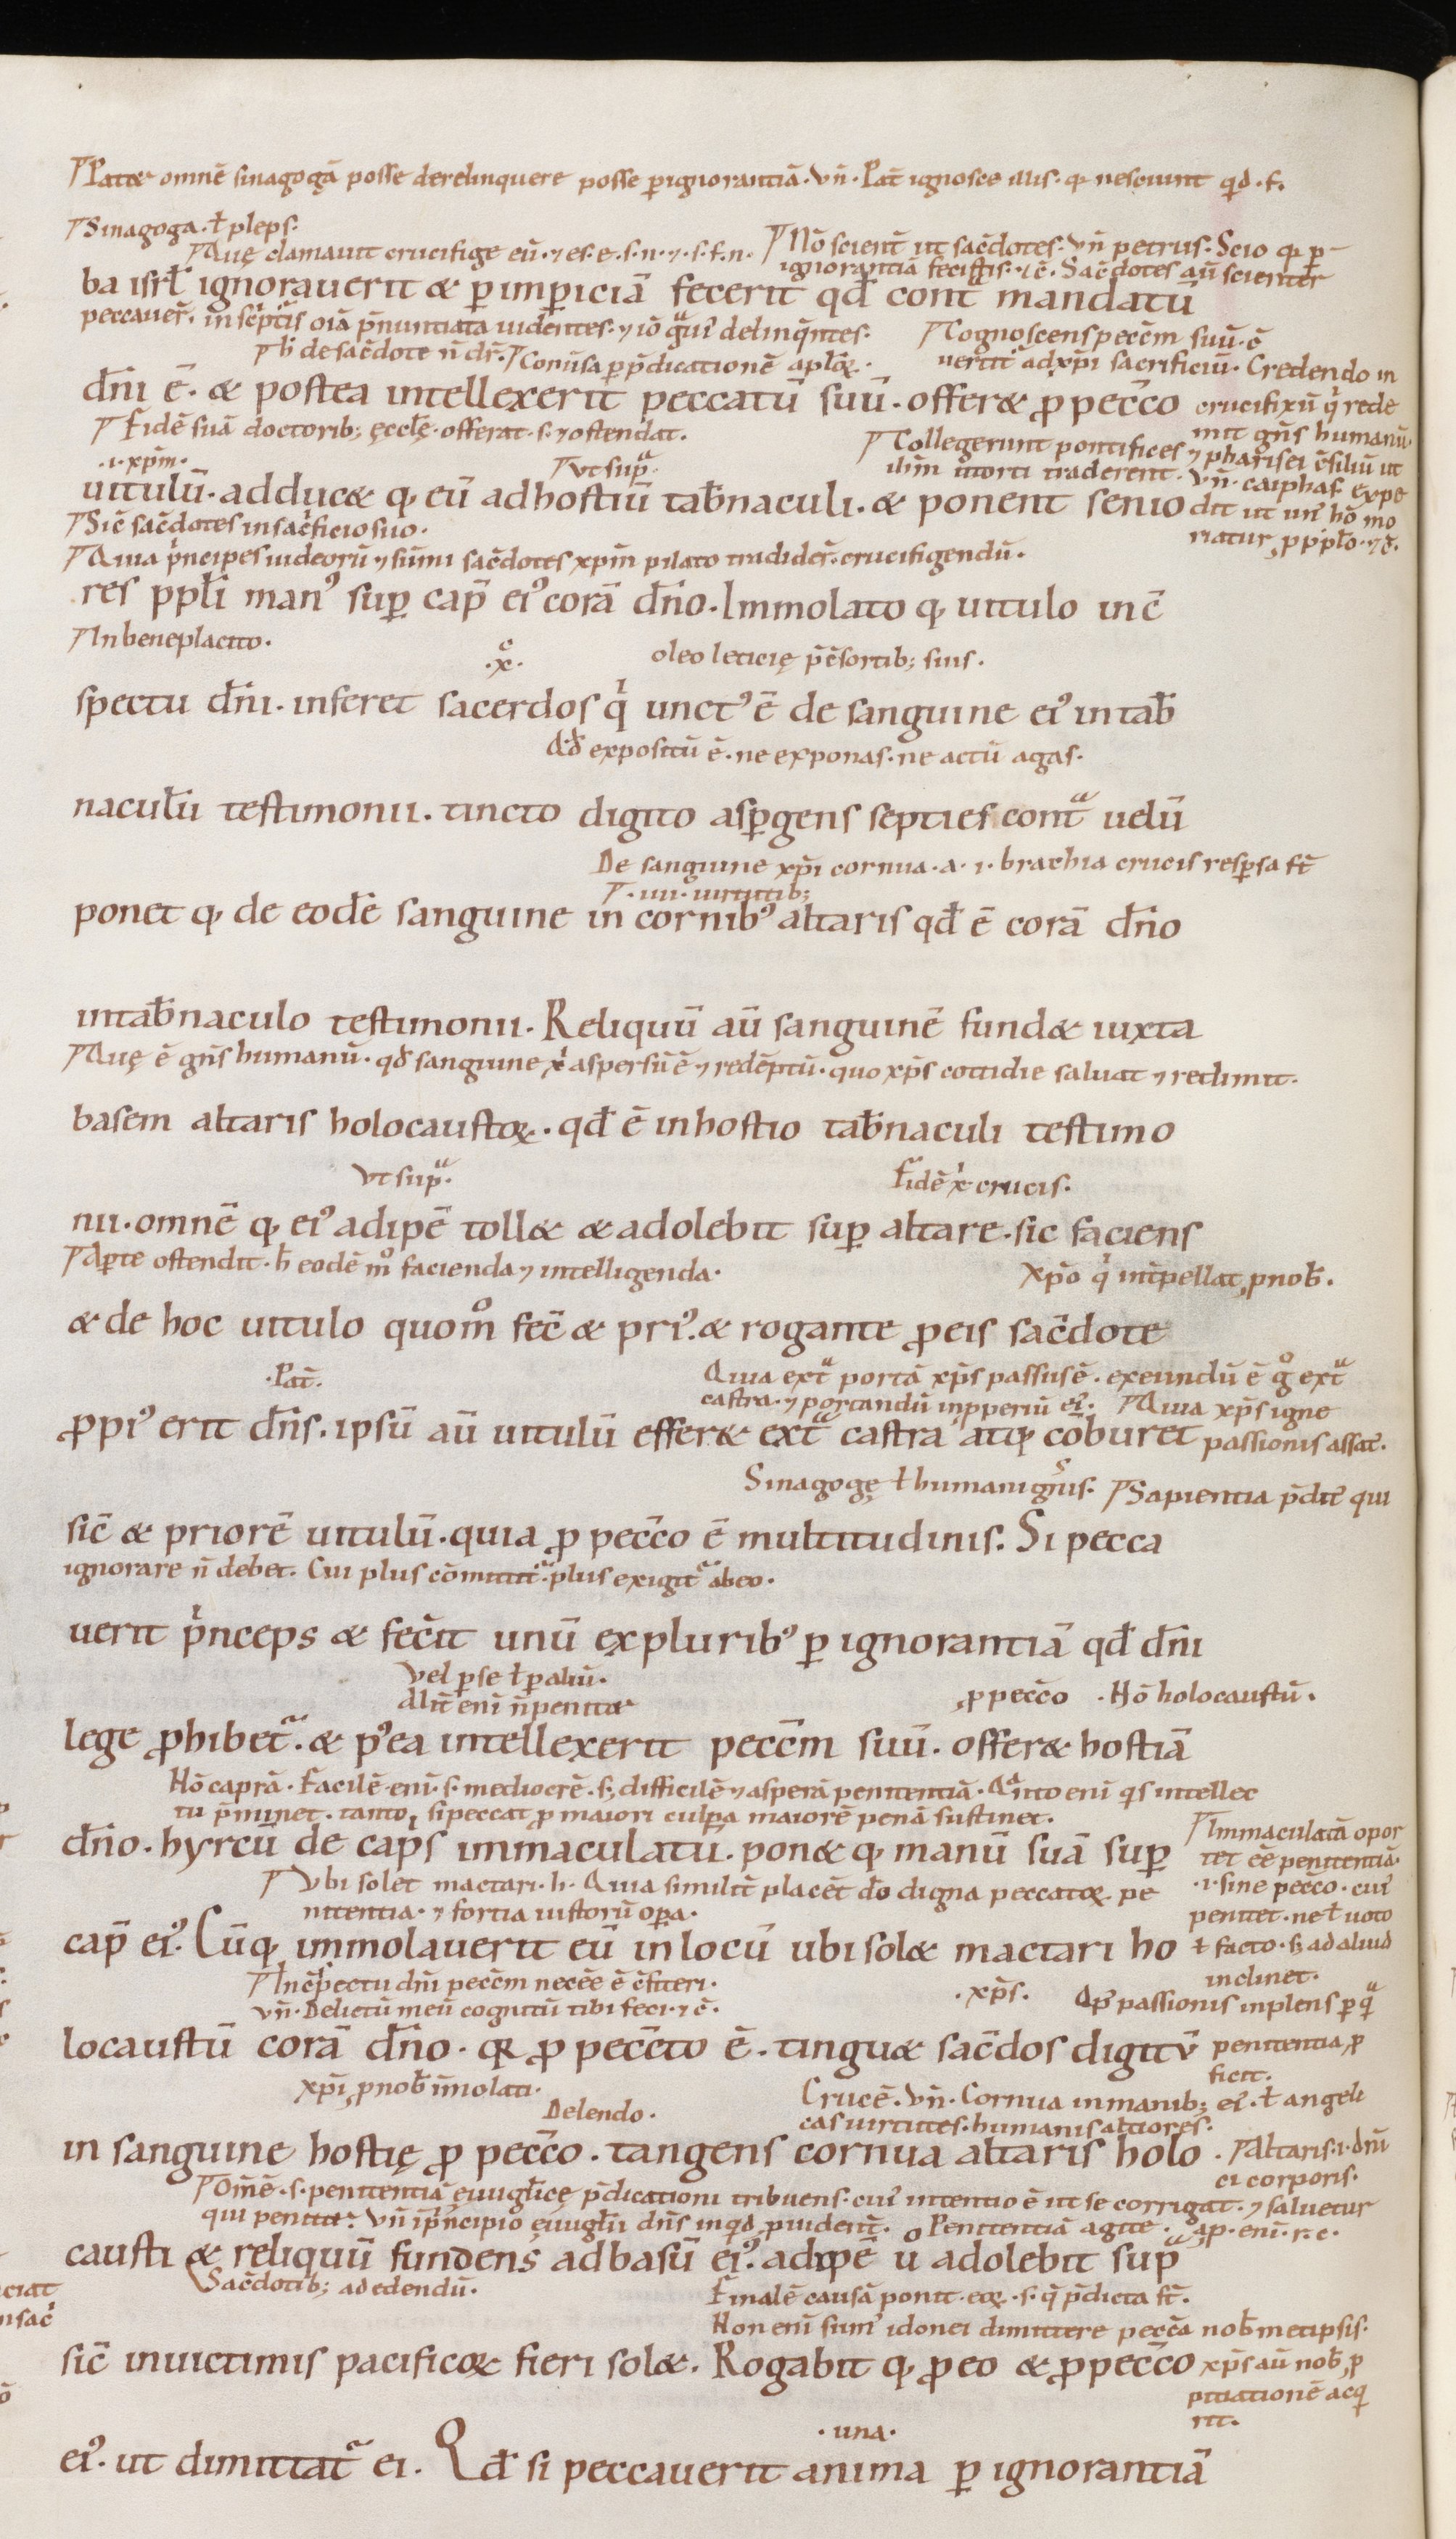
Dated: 1100–1199